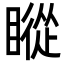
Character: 瞛